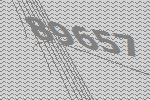
89657